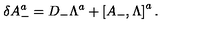
\delta A _ { - } ^ { a } = D _ { - } \Lambda ^ { a } + \left[ A _ { - } , \Lambda \right] ^ { a } .